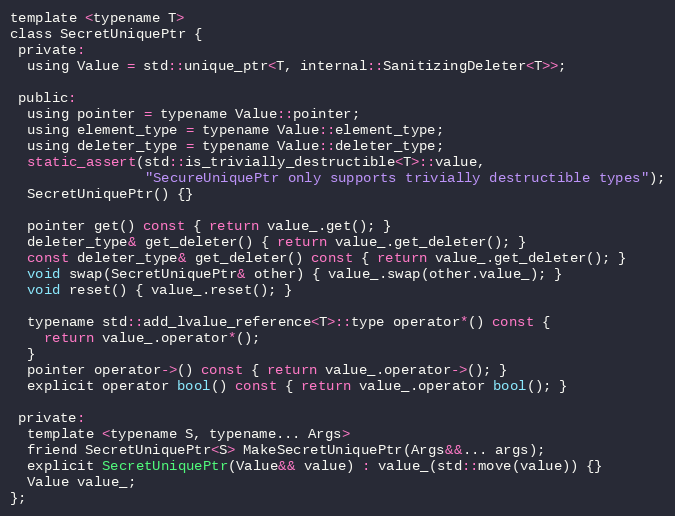
Language: C
template <typename T>
class SecretUniquePtr {
 private:
  using Value = std::unique_ptr<T, internal::SanitizingDeleter<T>>;

 public:
  using pointer = typename Value::pointer;
  using element_type = typename Value::element_type;
  using deleter_type = typename Value::deleter_type;
  static_assert(std::is_trivially_destructible<T>::value,
                "SecureUniquePtr only supports trivially destructible types");
  SecretUniquePtr() {}

  pointer get() const { return value_.get(); }
  deleter_type& get_deleter() { return value_.get_deleter(); }
  const deleter_type& get_deleter() const { return value_.get_deleter(); }
  void swap(SecretUniquePtr& other) { value_.swap(other.value_); }
  void reset() { value_.reset(); }

  typename std::add_lvalue_reference<T>::type operator*() const {
    return value_.operator*();
  }
  pointer operator->() const { return value_.operator->(); }
  explicit operator bool() const { return value_.operator bool(); }

 private:
  template <typename S, typename... Args>
  friend SecretUniquePtr<S> MakeSecretUniquePtr(Args&&... args);
  explicit SecretUniquePtr(Value&& value) : value_(std::move(value)) {}
  Value value_;
};